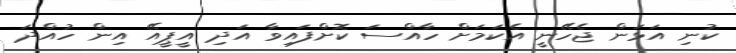
ކުނި އަޅަން ޖެހޭނީ އެކަމަށް ހާއްސަ ކޮށްފައިވާ އަދި އީޕީއޭ އިން ހުއްދަ